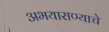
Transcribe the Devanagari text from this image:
अभयाराण्याचे